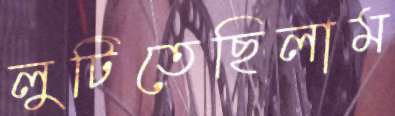
লুটিতেছিলাম